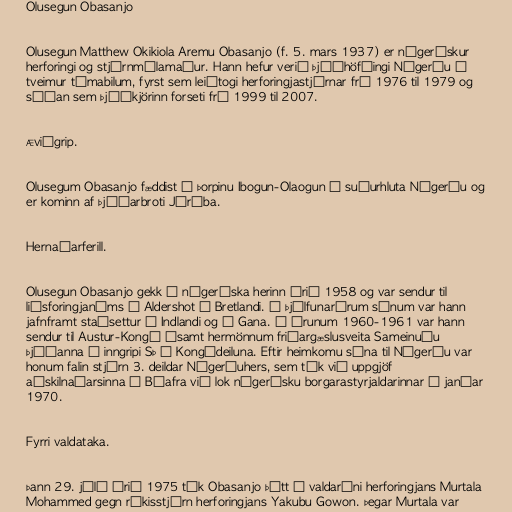
Olusegun Obasanjo

Olusegun Matthew Okikiola Aremu Obasanjo (f. 5. mars 1937) er nígerískur
herforingi og stjórnmálamaður. Hann hefur verið þjóðhöfðingi Nígeríu á
tveimur tímabilum, fyrst sem leiðtogi herforingjastjórnar frá 1976 til 1979 og
síðan sem þjóðkjörinn forseti frá 1999 til 2007.

Æviágrip.

Olusegum Obasanjo fæddist í þorpinu Ibogun-Olaogun í suðurhluta Nígeríu og
er kominn af þjóðarbroti Jórúba.

Hernaðarferill.

Olusegun Obasanjo gekk í nígeríska herinn árið 1958 og var sendur til
liðsforingjanáms í Aldershot í Bretlandi. Á þjálfunarárum sínum var hann
jafnframt staðsettur á Indlandi og í Gana. Á árunum 1960-1961 var hann
sendur til Austur-Kongó ásamt hermönnum friðargæslusveita Sameinuðu
þjóðanna í inngripi SÞ í Kongódeiluna. Eftir heimkomu sína til Nígeríu var
honum falin stjórn 3. deildar Nígeríuhers, sem tók við uppgjöf
aðskilnaðarsinna í Bíafra við lok nígerísku borgarastyrjaldarinnar í janúar
1970.

Fyrri valdataka.

Þann 29. júlí árið 1975 tók Obasanjo þátt í valdaráni herforingjans Murtala
Mohammed gegn ríkisstjórn herforingjans Yakubu Gowon. Þegar Murtala var